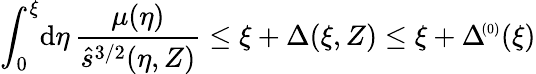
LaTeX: \int_{0}^{\xi}\! \mathrm{d}\eta\, \frac{{\mu(\eta)}}{{\hat{{s}}^{3/2}(\eta,Z)}}\le\xi+\Delta(\xi,Z)\le\xi+\Delta\! ^{{\scriptscriptstyle(0)}}(\xi)